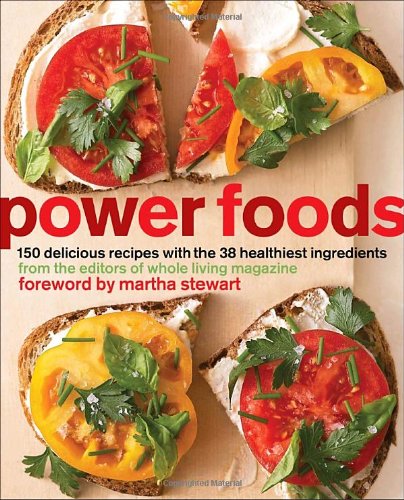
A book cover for Power Foods: 150 Delicious Recipes with the 38 Healthiest Ingredients; The Editors of Whole Living Magazine; Cookbooks, Food & Wine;